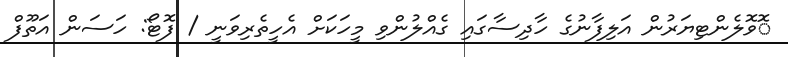
ޮވޮލެންޓިޔަރުން އަލިފާނުގެ ހާދިސާގައި ގެއްލުންވި މީހަކަށް އެހީތެރިވަނީ / ފޮޓޯ: ހަސަން އަތޫފް